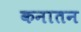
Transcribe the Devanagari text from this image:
कनातन